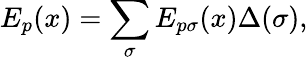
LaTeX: E_{p}(x)=\sum_{\sigma}E_{p\sigma}(x)\Delta(\sigma),